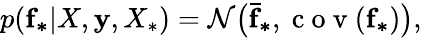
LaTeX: p(\mathbf{f_{*}}|X,\mathbf{y},X_{*})=\mathcal{N}\big(\mathbf{\bar{f}_{*}},\mathrm{~c~o~v~}(\mathbf{f_{*}})\big),